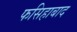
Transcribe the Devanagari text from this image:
फसिहाबाद